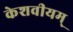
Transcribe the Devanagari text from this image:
केशवीयम्